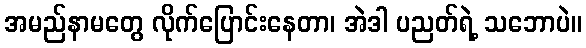
အမည်နာမတွေ လိုက်ပြောင်းနေတာ၊ အဲဒါ ပညတ်ရဲ့ သဘောပဲ။